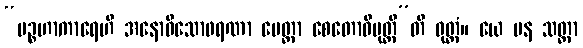
“ပဉ္စဟာကာရေဟိ အနောဓိသောဖရဏာ မေတ္တာ စေတောဝိမုတ္တီ”တိ ဝုတ္တံ။ ယေ ပန သတ္တာ